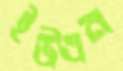
ইউএন